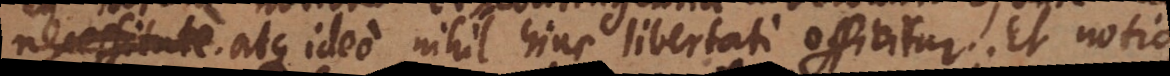
decrevit atque ideo nihil hinc libertati officitur. Et notio